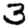
Digit: 3